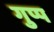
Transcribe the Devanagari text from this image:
गुप्प